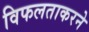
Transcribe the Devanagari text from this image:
विफलताकरने